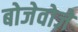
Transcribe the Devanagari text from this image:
बोजेवोजे